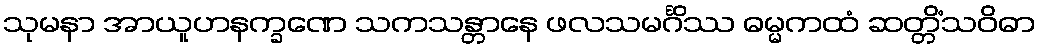
သုမနာ အာယူဟနက္ခဏေ သကသန္တာနေ ဖလသမင်္ဂိဿ ဓမ္မကထံ ဆတ္တိံသဝိဓာ